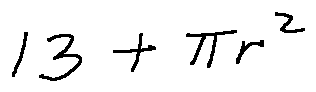
1 3 + \pi r ^ { 2 }